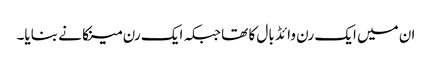
ان میں ایک رن وائڈ بال کا تھا جبکہ ایک رن مینکا نے بنایا۔